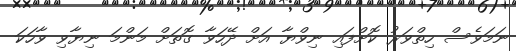
ނަމަވެސް ހިތްވަރު ކޮށްފައި ނިވްޔާ އަށް ދޭހަވާ ގޮތަށް މަންމަ ނިޔާވި ވާހަކަ